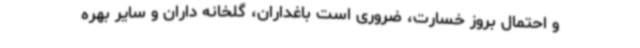
و احتمال بروز خسارت، ضروری است باغداران، گلخانه داران و سایر بهره